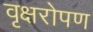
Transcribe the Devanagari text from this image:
वृक्षरोपण